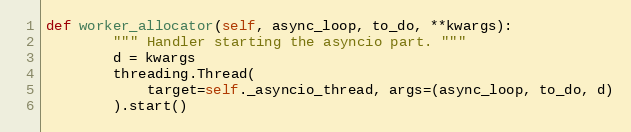
Language: Python
def worker_allocator(self, async_loop, to_do, **kwargs):
        """ Handler starting the asyncio part. """
        d = kwargs
        threading.Thread(
            target=self._asyncio_thread, args=(async_loop, to_do, d)
        ).start()